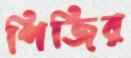
পিজির